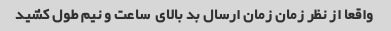
واقعا از نظر زمان زمان ارسال بد بالای  ساعت و نیم طول کشید